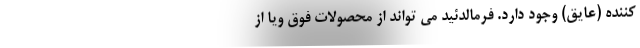
کننده (عایق) وجود دارد. فرمالدئید می تواند از محصولات فوق ویا از